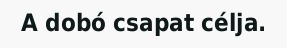
A dobó csapat célja.